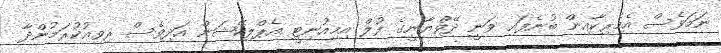
ނަމަވެސް އެމެރިކާއިން ބުނެފައި ވަނީ ދޭވްޔާނީގެ ފުލް އިމިއުނިޓީ އެޕްލިކޭޝަން އަދިވެސް ރިވިއުކުރަމުންދާ